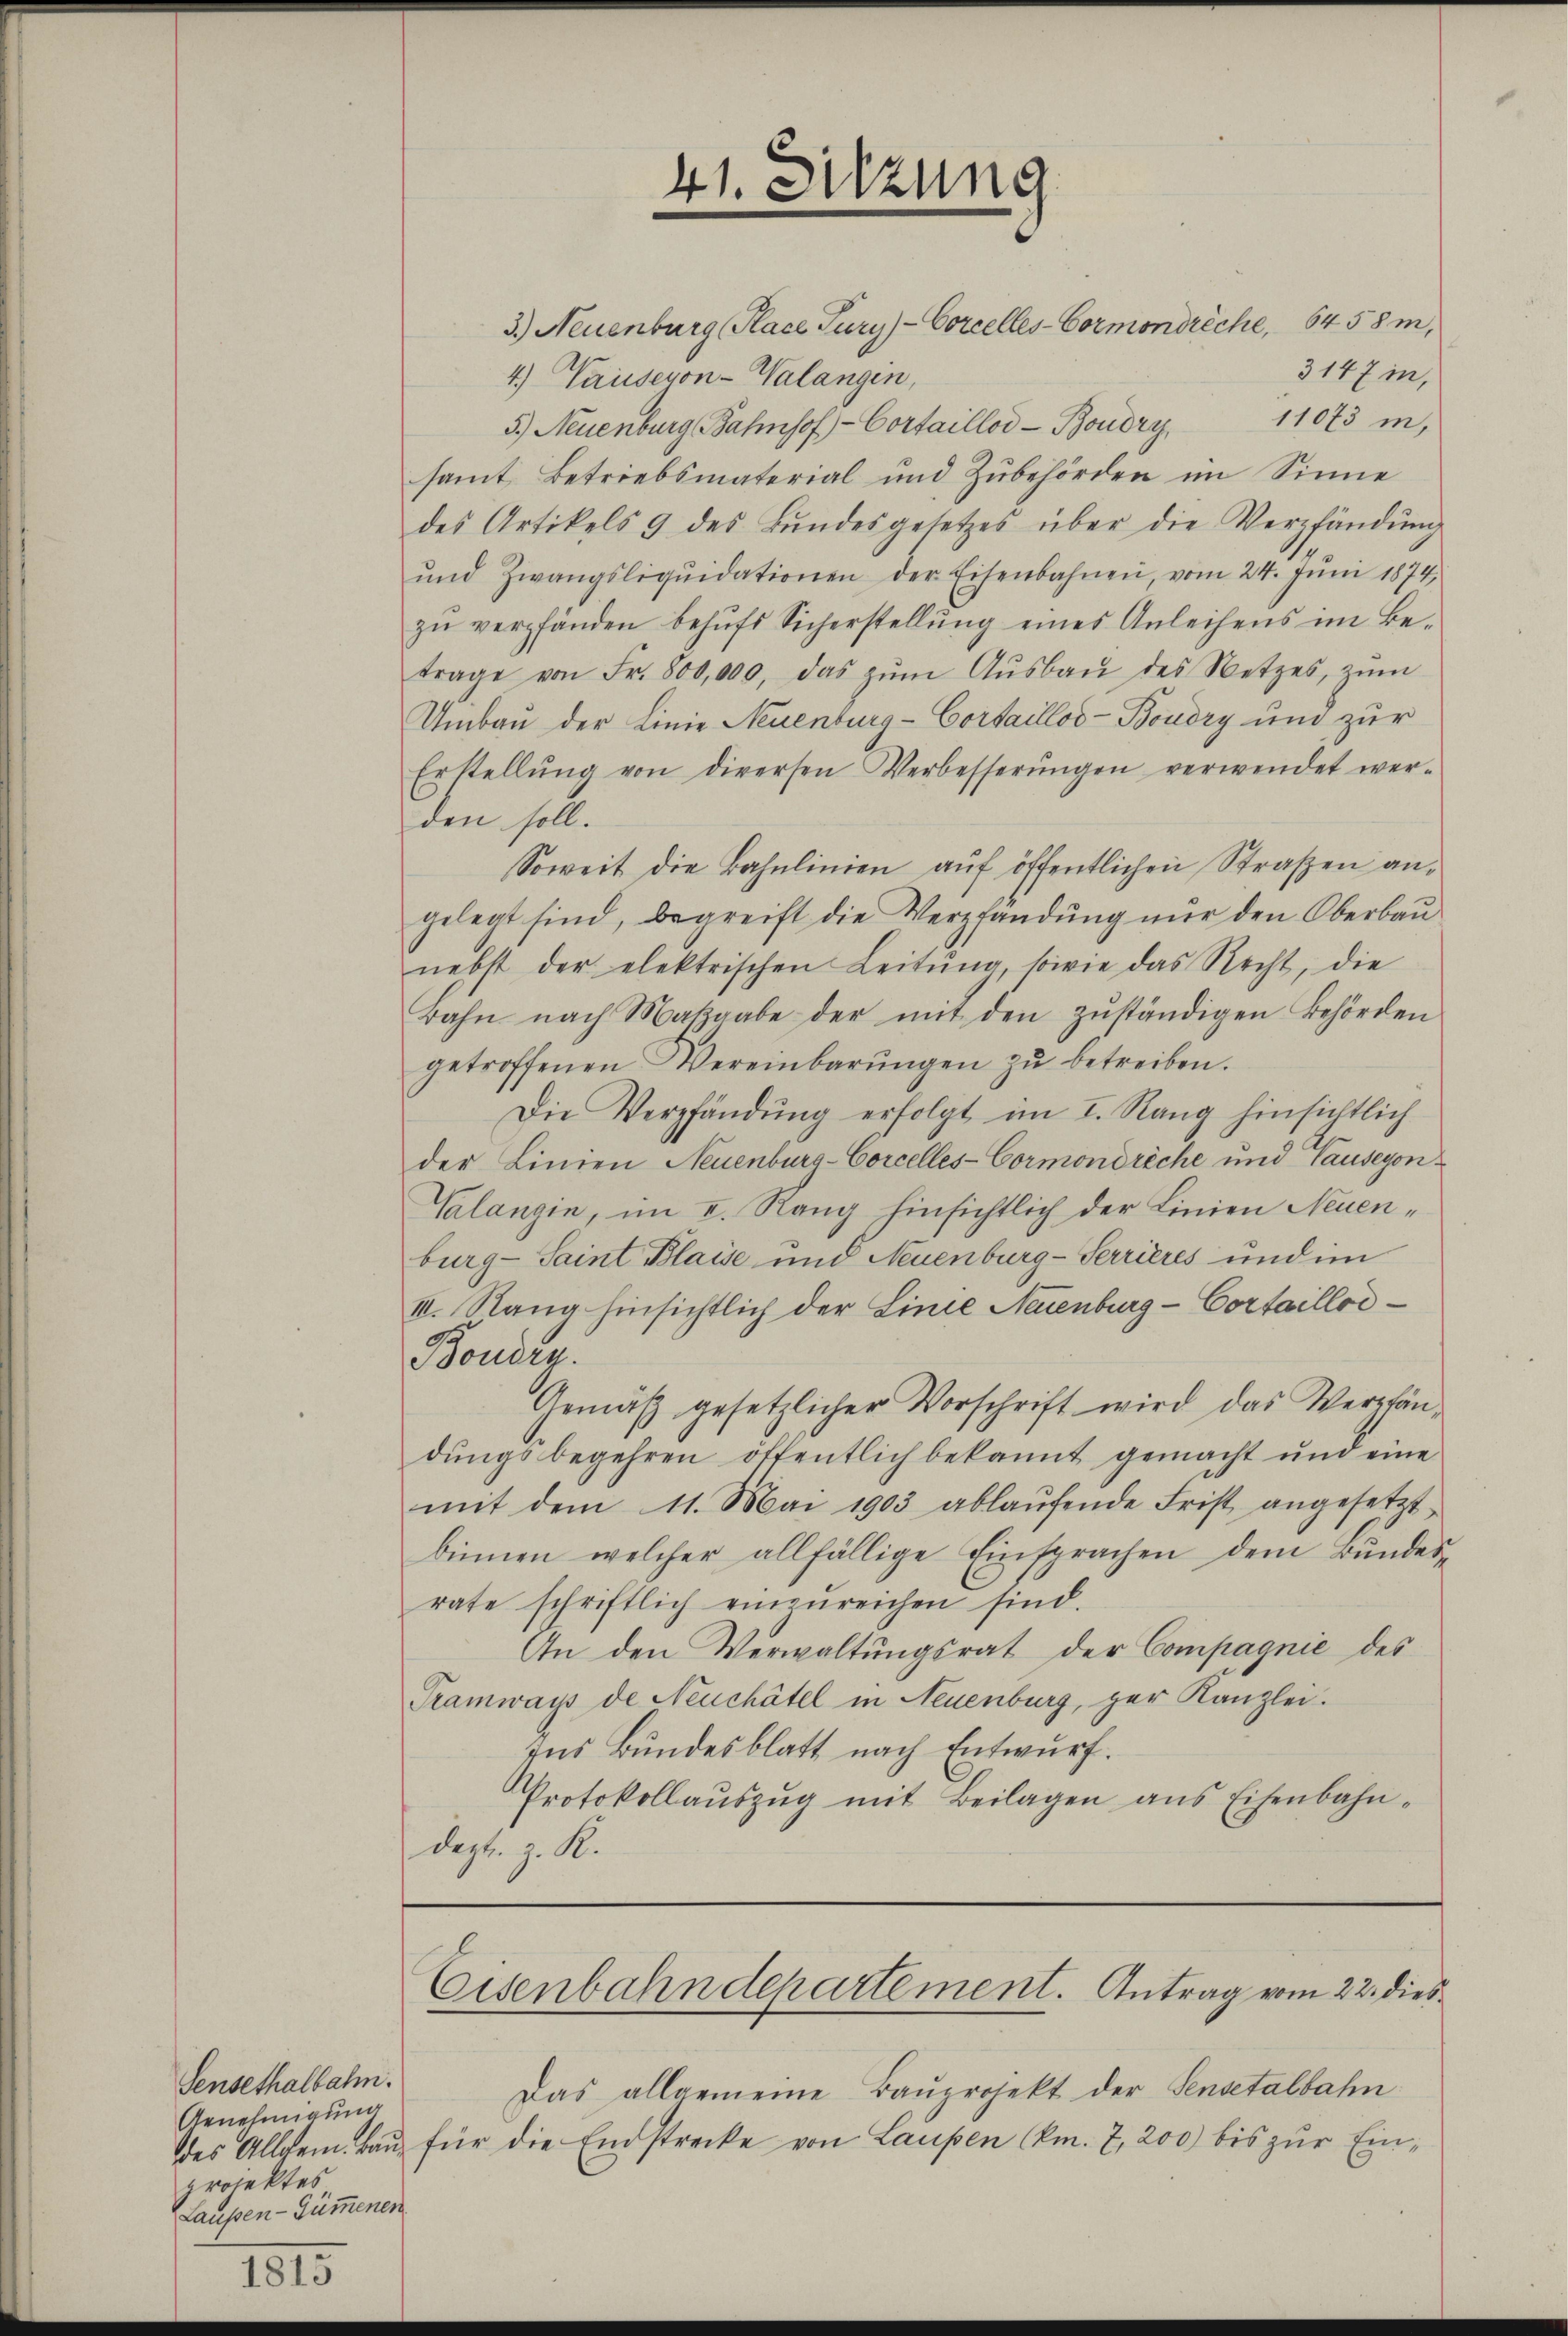
Sensethalbahn.
Genehmigung
projektes
Laupen-Gümmenen

41. Sitzung

3.) Neuenburg (Place Tury-Corcelles-Cormondreche,     6458m,
4.) Hauseron-Walangen,
5.) Neuenburg Bahnhof - Cortailloi - Boudry 11073 in
samt Betriebsmaterial und Zubehörden im Sinne
des Artikels 9 des Bŭndesgesetzes über die Verpfändung
ŭnd Zwangsliqŭidationen der Eisenbahnen vom 24. Jŭni 1874,
zu verpfänden behufs Sicherstellung eines Anleihens im Betrage von Fr. 800,000, das zŭm Aŭsbaŭ des Netzes, zŭm
Umbau der Linie Neuenburg-Cortailloo- Boudry und zur
Erstellŭng von dirersen Verbesserŭngen verwendet wer-
den soll.
Soweit die Bahnlinien aŭf öffentlichen Straßen an-
gelegt sind, begreift die Verpfändŭng nŭr den Oberbaŭ
nebst der elektrischen Leitŭng, sowie das Recht, die
Bahn nach Maβgabe der mit den zŭständigen Behörden
getroffenen Vereinbarŭngen zŭ betreiben.
Die Verpfändung erfolgt im I. Rang hinsichtlich
der Linien Neuenburg-Corcelles-Cormondreche und Tauseyon¬
Valangin, im I. Rang hinsichtlich der Linien Neuenburg-Saint Blaise und Neuenburg-Terrieres und im
II. Rang hinsichtlich der Linie Neuenburg - Cortailloi¬
Boudry.
Gemäß gesetzlicher Vorschrift wird das Verpfändŭngsbegehren öffentlich bekannt gemacht und eine
mit dem 11. Mai 1903 ablaŭfende Frist angesetzt
binnen, welcher allfällige Einsprachen dem Bundesrate schriftlich einzŭreichen sind.
An den Verwaltŭngsrat der Compagnie des
Tramways de Neuchâtel in Neuenburg, zur Kanzlei.
Ins Bundesblatt nach Entwurf.
Protokollaŭszŭg mit Beilagen ans Eisenbahn-
dept. z. R.

3147 in,

Eisenbahndepartement. Antrag vom 22. dies

Das allgemeine Baŭprojekt der Sensetalbahn
des Allgem. Bau für die Endstrecke von Laupen (km. 7, 200 bis zur Ein¬